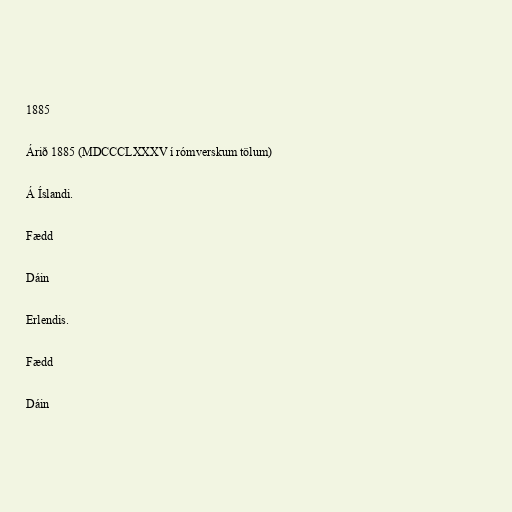
1885

Árið 1885 (MDCCCLXXXV í rómverskum tölum)

Á Íslandi.

Fædd

Dáin

Erlendis.

Fædd

Dáin